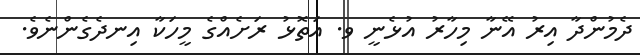
ދެމުންދާ އިރު އޭނާ މިހާރު އުޅެނީ ވ. އަތޮޅު ރަށެއްގެ މީހަކާ އިނދެގެންނެވެ.